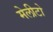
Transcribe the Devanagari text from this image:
मेलीटो